Civil Veterinary Department Bengal reports 1923-33 - 1923-1933
Year: 1923
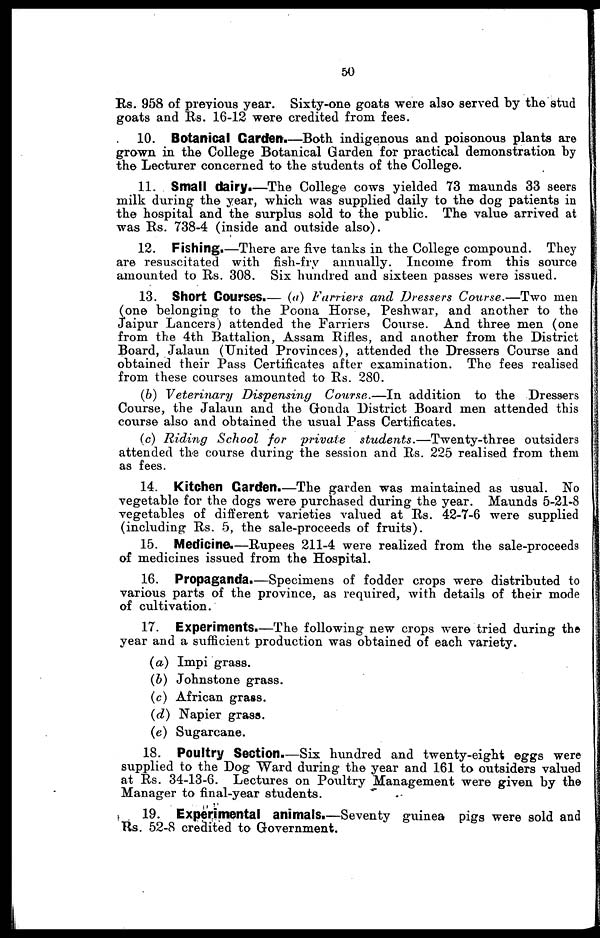
50
Rs. 958 of previous year. Sixty-one goats were also served by the stud
goats and Rs. 16-12 were credited from fees.
10. Botanical Garden.—Both indigenous and poisonous plants are
grown in the College Botanical Garden for practical demonstration by
the Lecturer concerned to the students of the College.
11. Small dairy.—The College cows yielded 73 maunds 33 seers
milk during the year, which was supplied daily to the dog patients in
the hospital and the surplus sold to the public. The value arrived at
was Rs. 738-4 (inside and outside also).
12. Fishing.—There are five tanks in the College compound. They
are resuscitated with fish-fry annually. Income from this source
amounted to Rs. 308. Six hundred and sixteen passes were issued.
13. Short Courses.— (a) Farriers and Dressers Course.—Two men
(one belonging to the Poona Horse, Peshwar, and another to the
Jaipur Lancers) attended the Farriers Course. And three men (one
from the 4th Battalion, Assam Rifles, and another from the District
Board, Jalaun (United Provinces), attended the Dressers Course and
obtained their Pass Certificates after examination. The fees realised
from these courses amounted to Rs. 280.
(b) Veterinary Dispensing
Course.—In addition to the Dressers
Course, the Jalaun and the Gonda District Board men attended this
course also and obtained the usual Pass Certificates.
(c) Riding School for private
students.—Twenty-three
outsiders
attended the course during the session and Rs. 225 realised from them
as fees.
14. Kitchen Garden.—The garden was maintained as usual. No
vegetable for the dogs were purchased during the year. Maunds 5-21-8
vegetables of different varieties valued at Rs. 42-7-6 were supplied
(including Rs. 5, the sale-proceeds of fruits).
15. Medicine.—Rupees 211-4 were realized from the sale-proceeds
of medicines issued from the Hospital.
16. Propaganda.—Specimens of fodder crops were distributed to
various parts of the province, as required, with details of their mode
of cultivation.
17. Experiments.—The following new crops were tried during the
year and a sufficient production was obtained of each variety.
(a) Impi grass.
(b) Johnstone grass.
(c) African grass.
(d) Napier grass.
(e) Sugarcane.
18. Poultry Section.—Six hundred and twenty-eight eggs were
supplied to the Dog Ward during the year and 161 to outsiders valued
at Rs. 34-13-6. Lectures on Poultry Management were given by the
Manager to final-year students.
19. Experimental animals.—Seventy guinea pigs were sold and
Rs. 52-8 credited to Government.